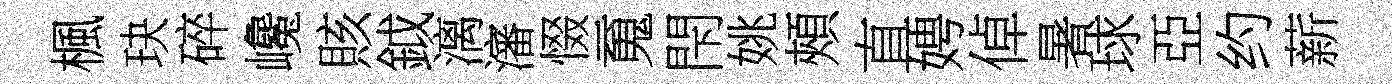
楓玦碎巉賅鉞漓瀋惙䰟閇姚頰直娉倬暑球亞约薪